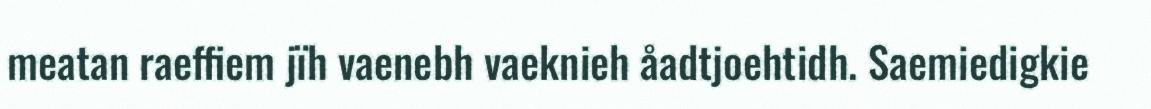
meatan raeffiem jïh vaenebh vaeknieh åadtjoehtidh. Saemiedigkie